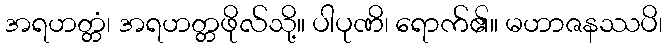
အရဟတ္တံ၊ အရဟတ္တဖိုလ်သို့။ ပါပုဏိ၊ ရောက်၏။ မဟာဇနဿပိ၊